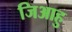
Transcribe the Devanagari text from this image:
जिआहु